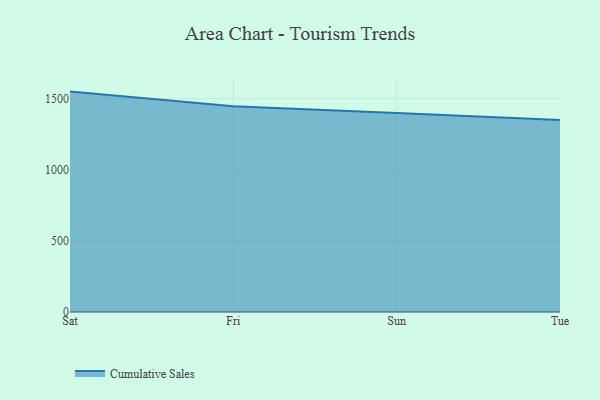
{"axis": {"x": "Day", "y": "Bounce Rate (%)"}, "legend": ["Cumulative Sales"], "data": [{"x": "Sat", "y": 1549.3, "type": "Cumulative Sales"}, {"x": "Fri", "y": 1447.0, "type": "Cumulative Sales"}, {"x": "Sun", "y": 1399.6, "type": "Cumulative Sales"}, {"x": "Tue", "y": 1350.5, "type": "Cumulative Sales"}]}